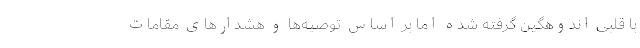
با قلبی اندوهگین گرفته شده اما بر اساس توصیه‌ها و هشدارهای مقامات